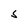
Character: 5